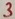
Text: 3